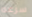
سرعه